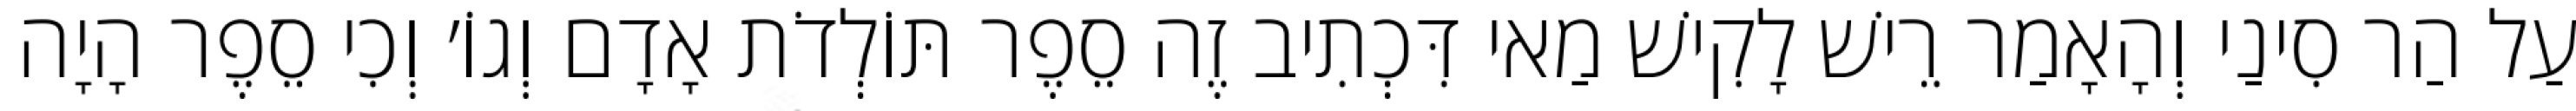
עַל הַר סִינַי וְהָאָמַר רֵישׁ לָקִישׁ מַאי דִּכְתִיב זֶה סֵפֶר תּוֹלְדֹת אָדָם וְגוֹ׳ וְכִי סֵפֶר הָיָה